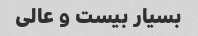
بسیار بیست و عالی